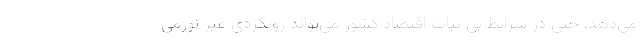
می‌دهد، حتی در شرایط بی ثبات اقتصاد کشور می‌تواند رویکردی غیر تورمی